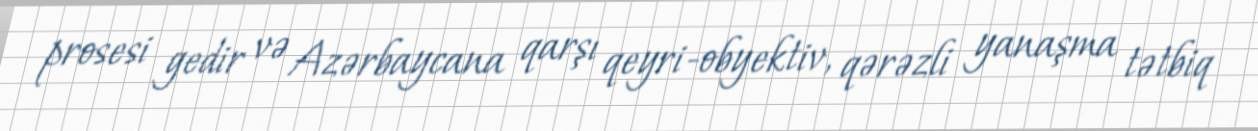
prosesi gedir və Azərbaycana qarşı qeyri-obyektiv, qərəzli yanaşma tətbiq